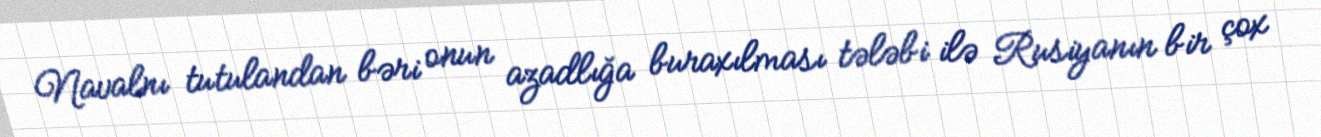
Navalnı tutulandan bəri onun azadlığa buraxılması tələbi ilə Rusiyanın bir çox